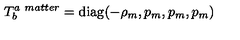
T _ { b } ^ { a \ m a t t e r } = \mathrm { d i a g } ( - \rho _ { m } , p _ { m } , p _ { m } , p _ { m } )